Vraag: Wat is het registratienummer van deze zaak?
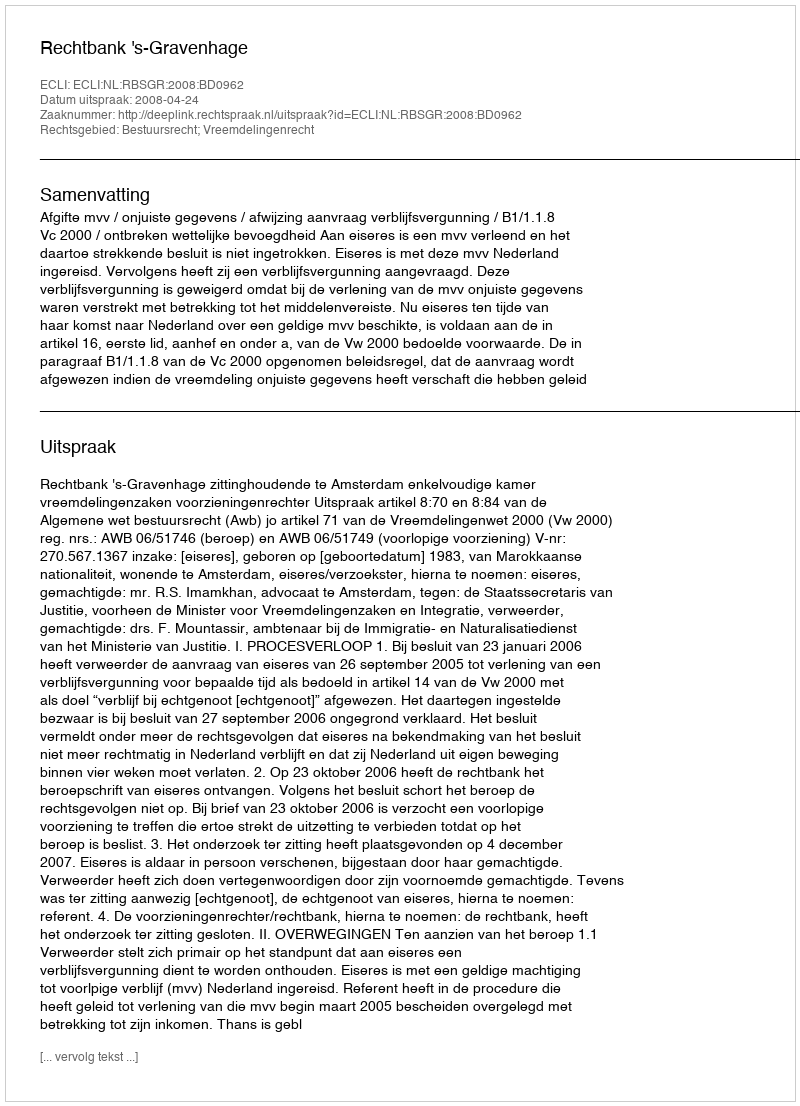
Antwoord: http://deeplink.rechtspraak.nl/uitspraak?id=ECLI:NL:RBSGR:2008:BD0962